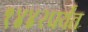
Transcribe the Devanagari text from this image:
१४४२पर्यंत